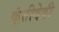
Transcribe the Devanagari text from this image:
कुंतीदेवी